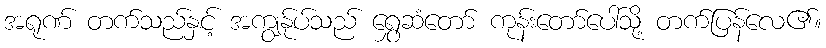
အရုဏ် တက်သည်နှင့် အကျွန်ုပ်သည် ရွှေဆံတော် ကုန်းတော်ပေါ်သို့ တက်ပြန်လေ၏။